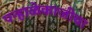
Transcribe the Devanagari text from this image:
पन्हाळेकाजीचा